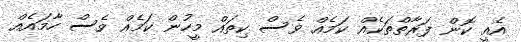
އެއީ ކޮން ފަރާތްތަކެއް ކަމެއް ވެސް ކިތައް މީހުން ކަމެއް ވެސް ހާމައެއް